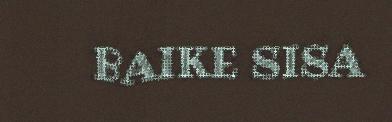
BAIKE SISA